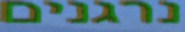
נרגנים